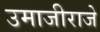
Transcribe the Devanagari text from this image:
उमाजीराजे